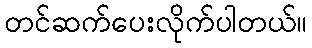
တင်ဆက်ပေးလိုက်ပါတယ်။